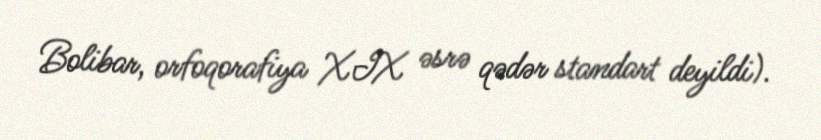
Bolibar, orfoqorafiya XIX əsrə qədər standart deyildi).